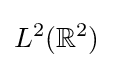
L^{2}(\mathbb {R} ^{2})